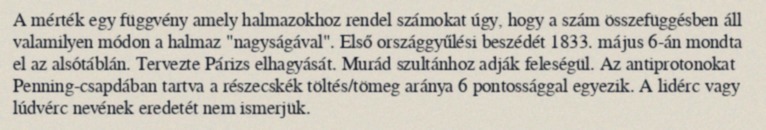
A mérték egy függvény amely halmazokhoz rendel számokat úgy, hogy a szám összefüggésben áll valamilyen módon a halmaz "nagyságával". Első országgyűlési beszédét 1833. május 6-án mondta el az alsótáblán. Tervezte Párizs elhagyását. Murád szultánhoz adják feleségül. Az antiprotonokat Penning-csapdában tartva a részecskék töltés/tömeg aránya 6 pontossággal egyezik. A lidérc vagy lúdvérc nevének eredetét nem ismerjük.